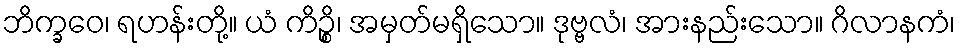
ဘိက္ခဝေ၊ ရဟန်းတို့။ ယံ ကိဉ္စိ၊ အမှတ်မရှိသော။ ဒုဗ္ဗလံ၊ အားနည်းသော။ ဂိလာနကံ၊